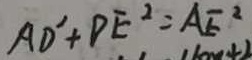
A D ^ { \prime } + D E ^ { 2 } = A E ^ { 2 }